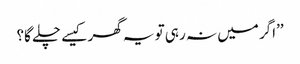
’’اگر میں نہ رہی تو یہ گھر کیسے چلے گا؟